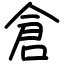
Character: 倉